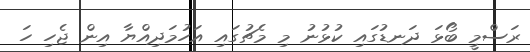
ރަސްމީ ބޯޅަ ދަނޑުގައި ކުޅުނު މި މެޗުގައި އަހުމަދިއްޔާ އިން ޖެހި ހަ